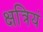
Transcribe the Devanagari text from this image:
क्षत्रियं